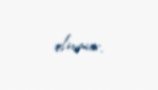
olunur.